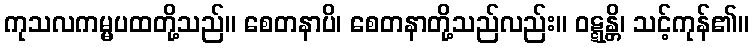
ကုသလကမ္မပထတို့သည်။ စေတနာပိ၊ စေတနာတို့သည်လည်း။ ဝဋ္ဋန္တိ၊ သင့်ကုန်၏။